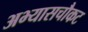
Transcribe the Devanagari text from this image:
अभ्यासचौकट